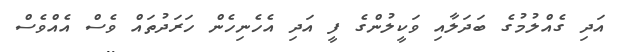
އަދި ގެއްލުމުގެ ބަދަލާއި ވަކީލުންގެ ފީ އަދި އެހެނިހެން ހަރަދުތައް ވެސް އެއްވެސް